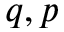
q , p